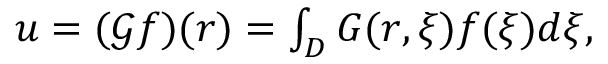
\begin{array} { r } { u = ( \mathcal { G } f ) ( \boldsymbol { r } ) = \int _ { D } G ( \boldsymbol { r } , \boldsymbol { \xi } ) f ( \boldsymbol { \xi } ) d \boldsymbol { \xi } , } \end{array}